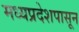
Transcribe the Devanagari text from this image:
मध्यप्रदेशपासून